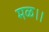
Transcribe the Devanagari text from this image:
मळ।।